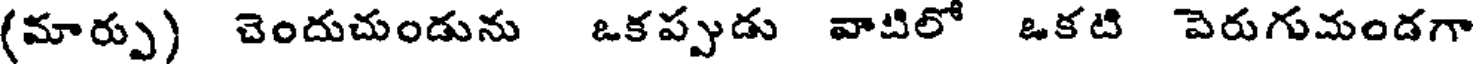
(మార్పు) చెందుచుండును ఒకప్పుడు వాటిలో ఒకటి పెరుగుమండగా